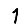
Digit: 1